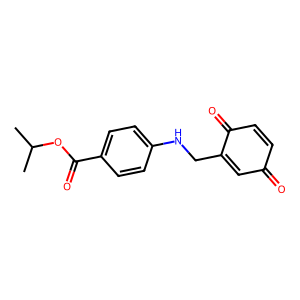
SMILES: CC(C)OC(=O)c1ccc(NCC2=CC(=O)C=CC2=O)cc1
Inhibits HIV replication: No